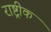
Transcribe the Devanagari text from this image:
राष्ट्रीक